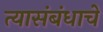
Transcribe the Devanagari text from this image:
त्यासंबंधाचे